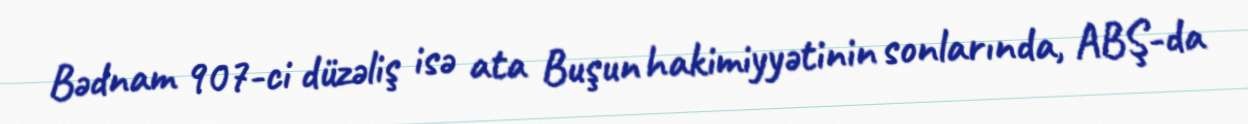
Bədnam 907-ci düzəliş isə ata Buşun hakimiyyətinin sonlarında, ABŞ-da